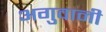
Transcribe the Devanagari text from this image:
अगुवानी